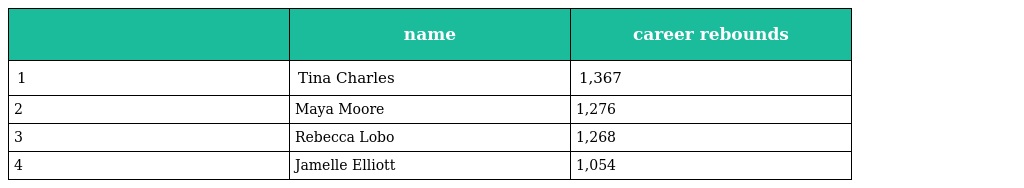
|  | name | career rebounds |
 | --- | --- | --- |
 | 1 | Tina Charles | 1,367 |
 | 2 | Maya Moore | 1,276 |
 | 3 | Rebecca Lobo | 1,268 |
 | 4 | Jamelle Elliott | 1,054 |